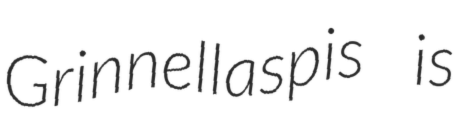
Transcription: Grinnellaspis is